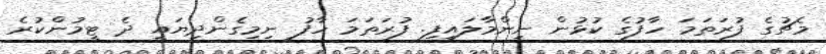
މެޗުގެ ފުރަތަމަ ހާފުގެ ކުޅުން ނިންމާލައިފި. ފުރަތަމަ ހާފު ނިމިގެންދިޔައީ ދެ ޓީމުންކުރެ